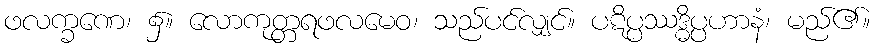
ဖလက္ခဏေ၊ ၌။ လောကုတ္တရဖလမေဝ၊ သည်ပင်လျှင်။ ပဋိပ္ပဿဒ္ဓိပ္ပဟာနံ၊ မည်၏။